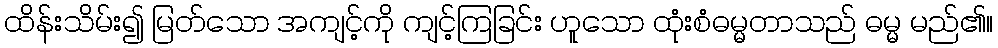
ထိန်းသိမ်း၍ မြတ်သော အကျင့်ကို ကျင့်ကြခြင်း ဟူသော ထုံးစံဓမ္မတာသည် ဓမ္မ မည်၏။